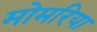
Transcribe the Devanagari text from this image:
मोमरिया